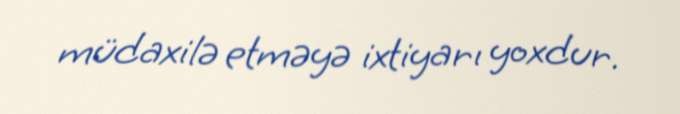
müdaxilə etməyə ixtiyarı yoxdur.